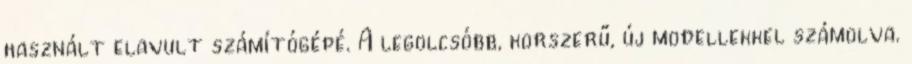
használt elavult számítógépé. A legolcsóbb, korszerű, új modellekkel számolva.